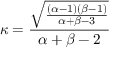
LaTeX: \kappa = { \frac { \sqrt { \frac { ( \alpha - 1 ) ( \beta - 1 ) } { \alpha + \beta - 3 } } } { \alpha + \beta - 2 } }